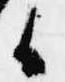
候